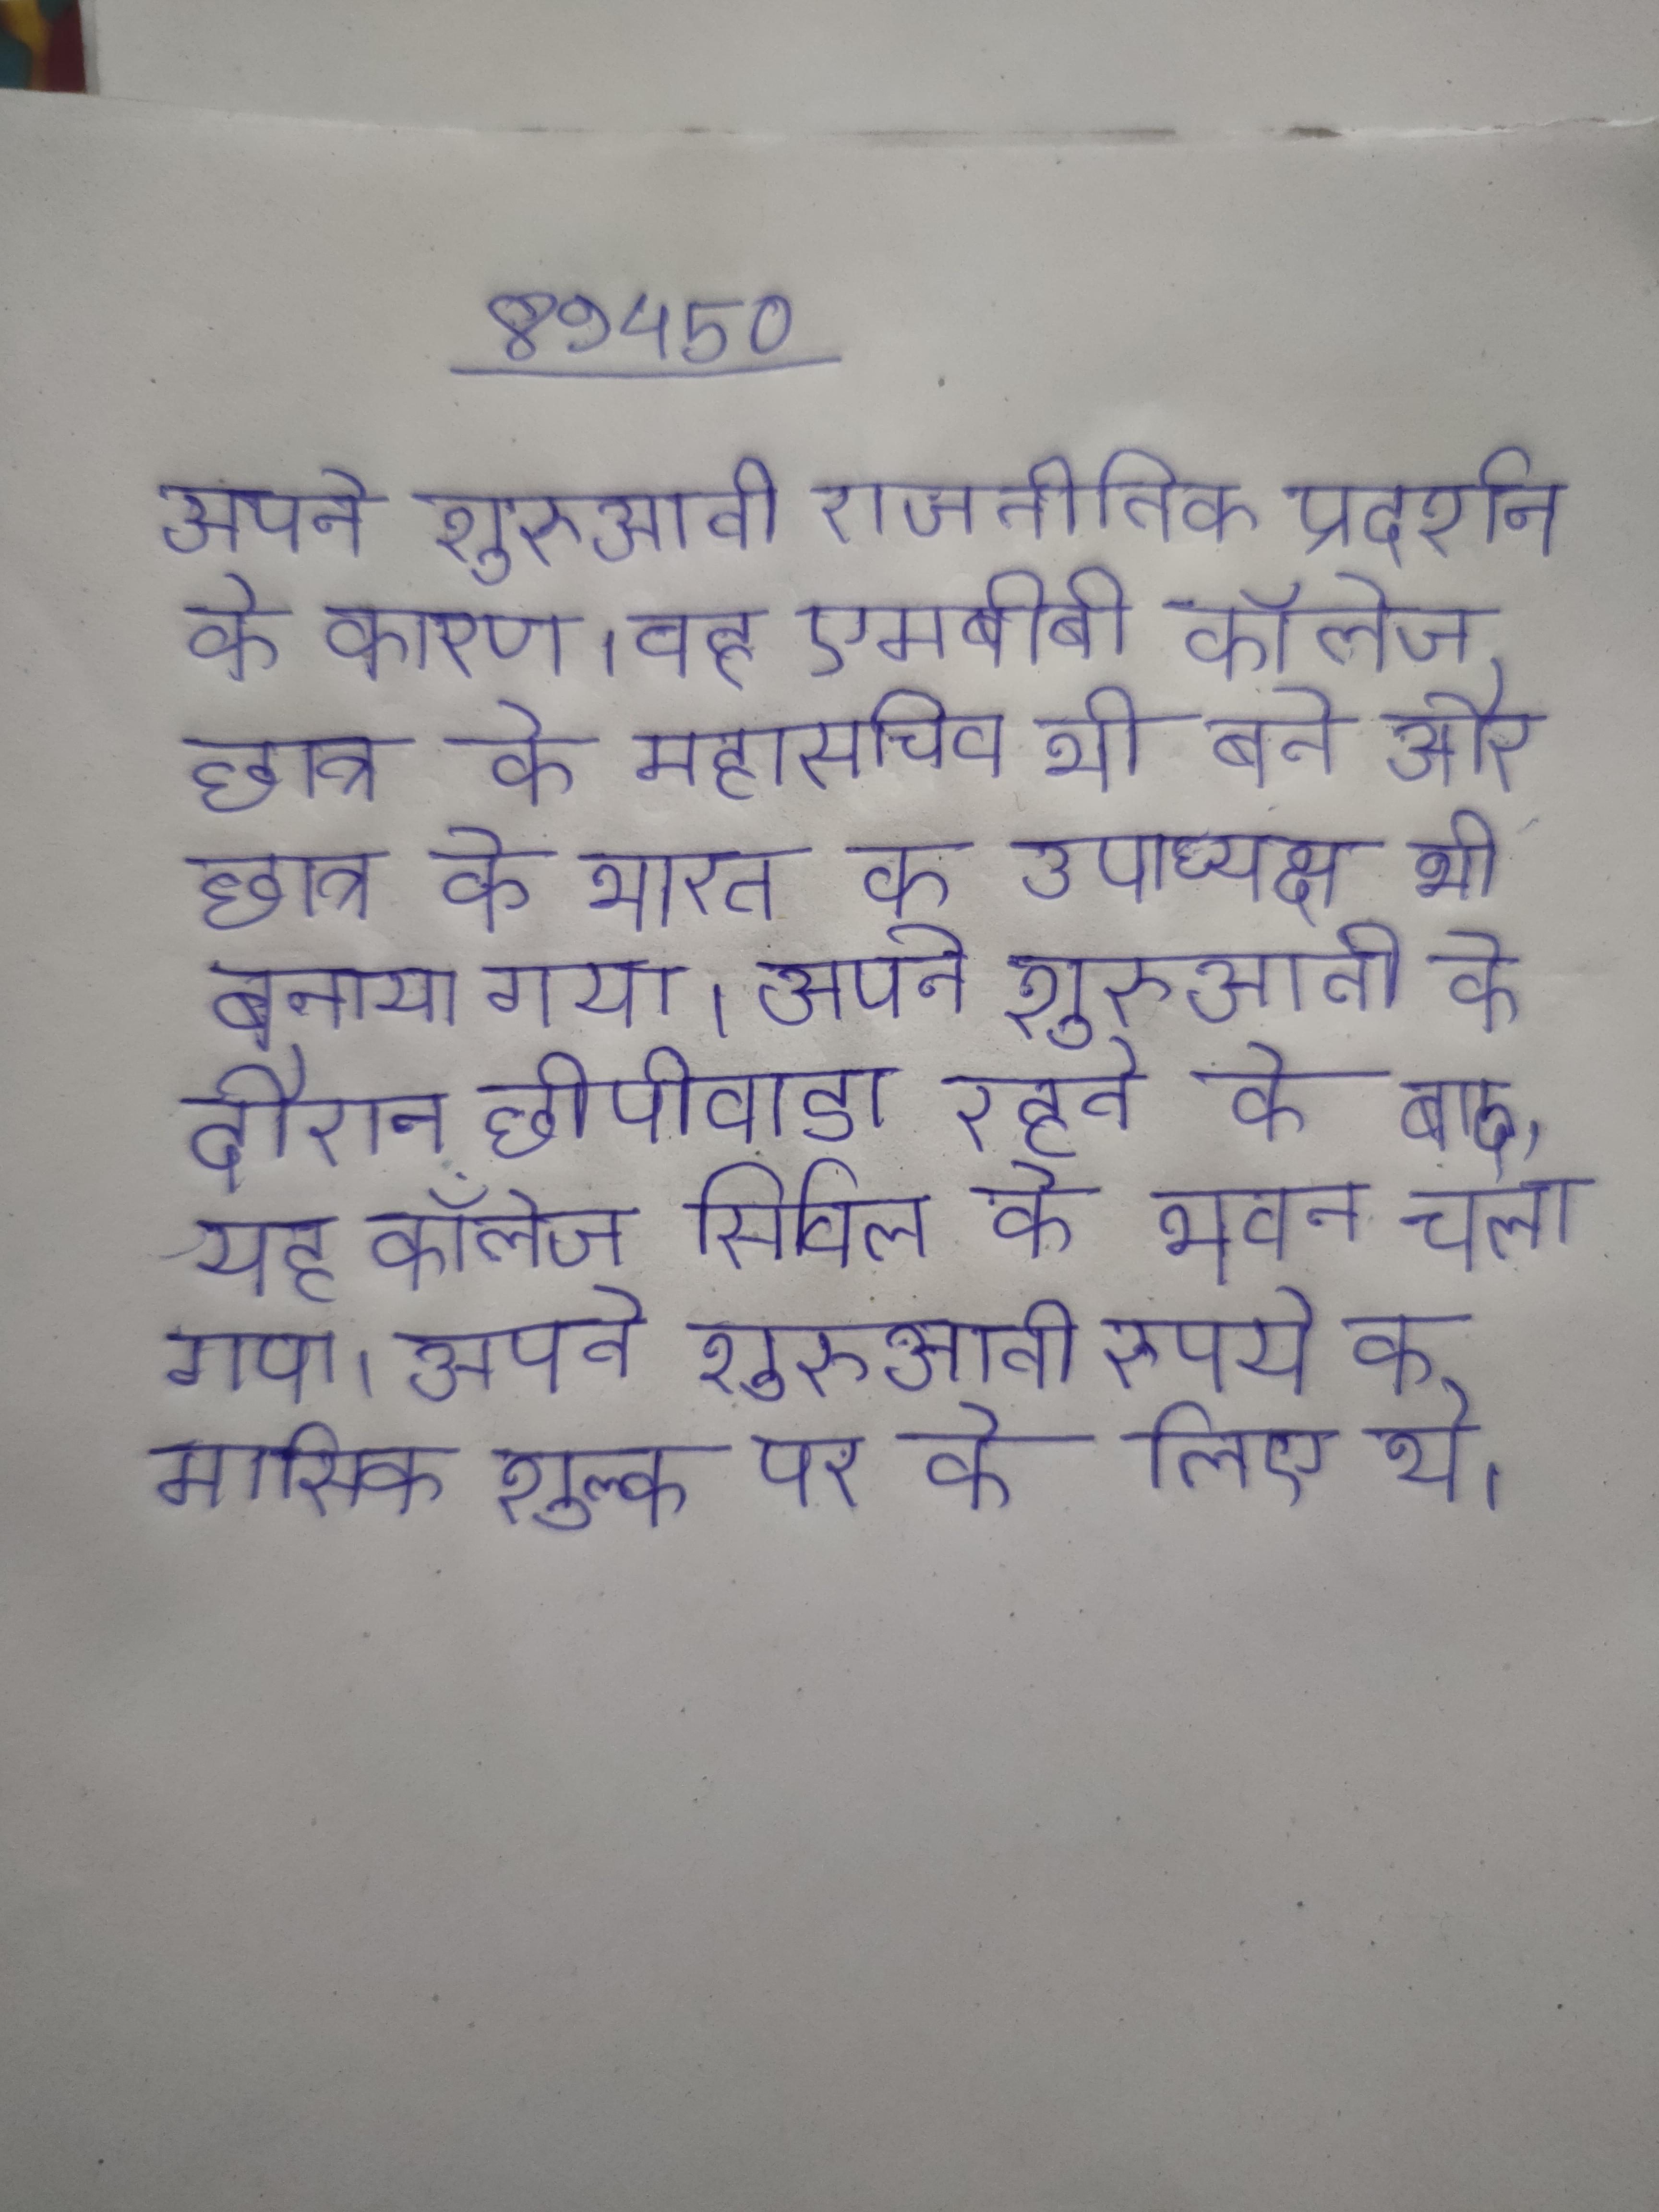
अपने शुरुआती राजनीतिक प्रदर्शन के कारण, वह एमबीबी कॉलेज छात्र के महासचिव भी बने और छात्र के भारत का उपाध्यक्ष भी बनाया गया । अपने शुरुआती के दौरान छीपीवाडा रहने के बाद, यह कॉलेज सिविल के भवन चला गया । अपने शुरुआती रुपये के मासिक शुल्क पर के लिए थे ।